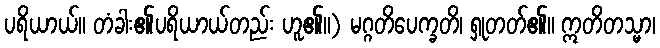
ပရိယာယ်။ တံခါး၏ပရိယာယ်တည်း ဟူ၏။) မဂ္ဂတိပေက္ခတိ၊ ရှုတတ်၏။ ဣတိတသ္မာ၊